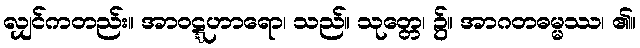
လျှင်ကတည်း။ အာဝဋ္ဋဟာရော၊ သည်။ သုတ္တေ၊ ၌။ အာဂတဓမ္မဿ၊ ၏။